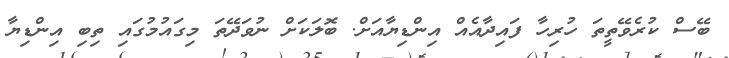
ބޭސް ކުރެވޭތީތަ ހުރިހާ ފައިދާއެއް އިންޑިޔާއަށް. ބޮލަކަށް ނުވަދޭތަ މިގައުމުގަައި ތިބި އިންޑިޔާ